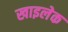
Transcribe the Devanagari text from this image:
खाइलेक